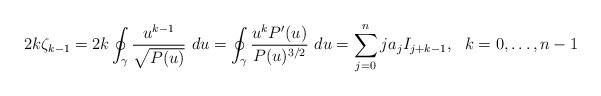
LaTeX: \begin{align*}2k\zeta_{k-1}=2k\oint_\gamma\frac{u^{k-1}}{\sqrt{P(u)}}~du=\oint_\gamma\frac{u^kP'(u)}{P(u)^{3/2}}~du=\sum_{j=0}^nja_jI_{j+k-1},~~k=0,\ldots,n-1\end{align*}